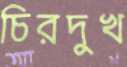
চিরদুখ